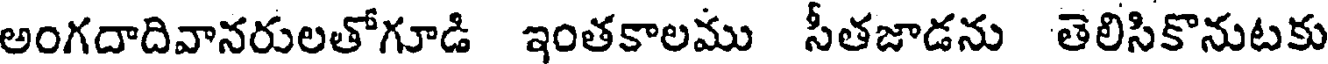
అంగదాదివానరులతోగూడి ఇంతకాలము సీతజాడను తెలిసికొనుటకు